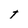
Character: t